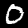
Label: 0